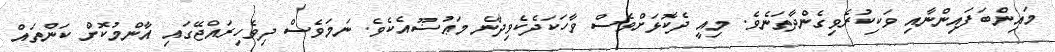
މައިންބަފައިންނާއި ވަކިކުރެވިގެންދާތަަނެވެ. މިއީ ދެކޮޅަށްވެސް ވާހަކަދެކެވިދާނެ މަޢުޟޫއެކެވެ. ނަމަވެސް ދިވެހިރައްޖޭގައި އާންމުކޮށް ކަންތައް